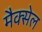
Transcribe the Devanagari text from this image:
मैक्सेल